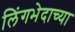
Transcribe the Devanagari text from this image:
लिंगभेदाच्या